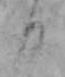
日